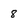
Character: 8